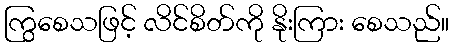
ကြွစေသဖြင့် လိင်စိတ်ကို နိုးကြား စေသည်။